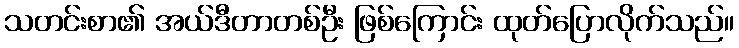
သတင်းစာ၏ အယ်ဒီတာတစ်ဦး ဖြစ်ကြောင်း ထုတ်ပြောလိုက်သည်။